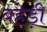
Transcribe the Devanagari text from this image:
बहेड़ी